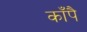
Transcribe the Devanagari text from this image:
काँपै